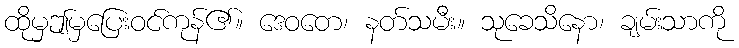
ထိုမှဤမှပြေးဝင်ကုန်၏။ ဒေဝတေ၊ နတ်သမီး။ သုခေသိနော၊ ချမ်းသာကို